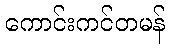
ကောင်းကင်တမန်